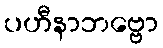
ပဟီနာဘဗ္ဗော